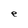
Character: e